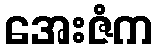
အေးဇံက